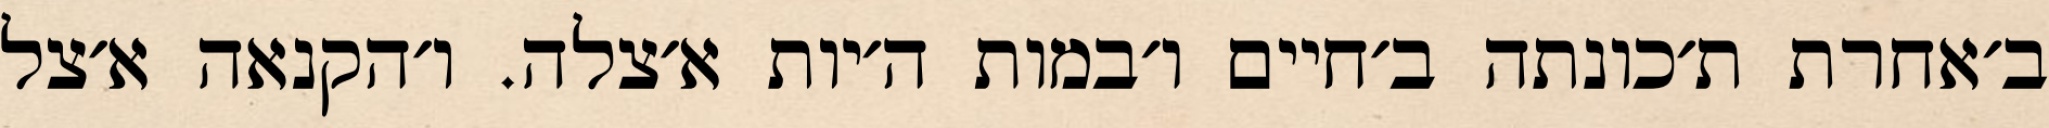
ב׳אחרת ת׳כונתה ב׳חיים ו׳במות ה׳יות א׳צלה. ו׳הקנאה א׳צל